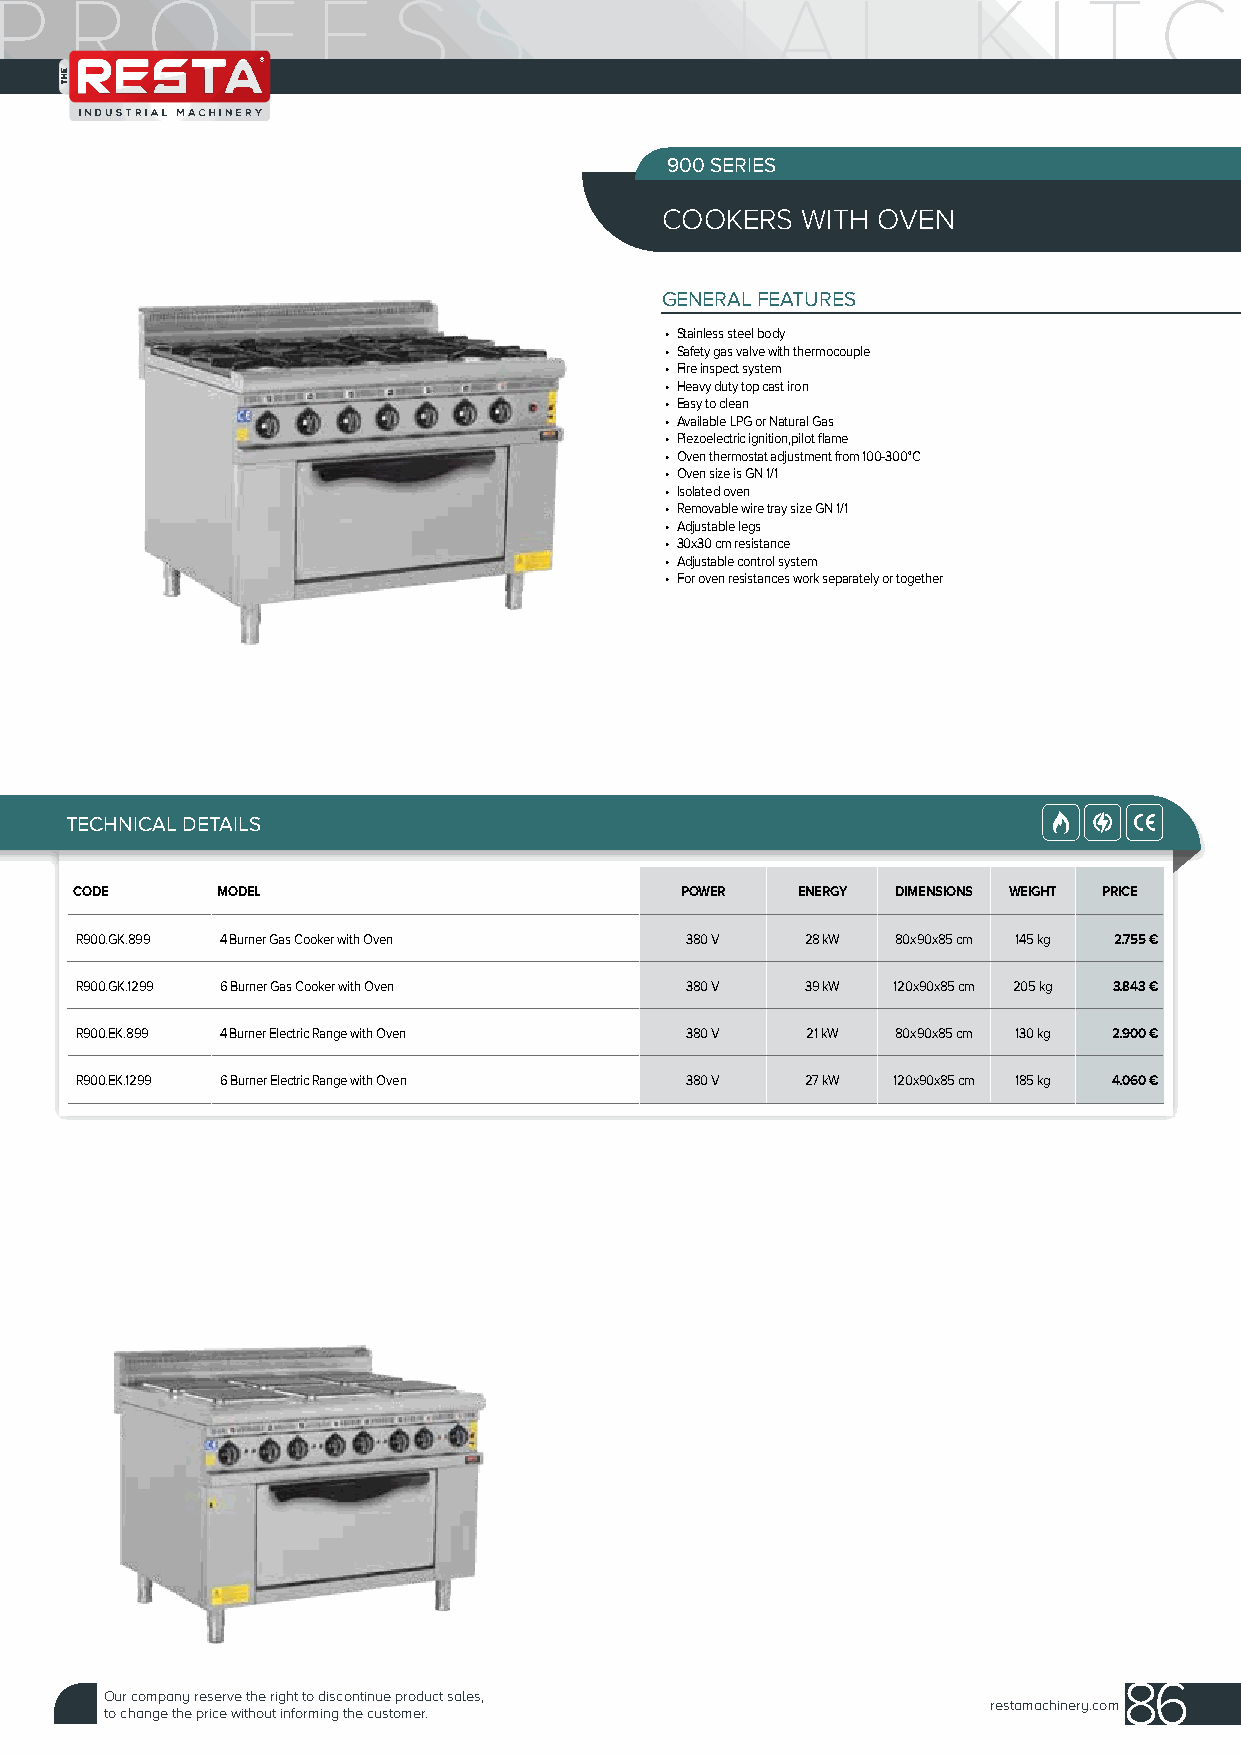
900 SERIES
 COOKERS  WITH OVEN
 GENERAL FEATURES
 • Stainless steel body
 • Safety gas valve with thermocouple
 • Fire inspect system
 • Heavy duty top cast iron
 • Easy to clean
 • Available LPG or Natural Gas
 • Piezoelectric ignition,pilot flame
 • Oven thermostat adjustment from 100-300°C
 • Oven size is GN 1/1
 • Isolated oven
 • Removable wire tray size GN 1/1
 • Adjustable legs
 • 30x30 cm resistance
 • Adjustable control system
 • For oven resistances work separately or together
 TECHNICAL DETAILS
 CODE     MODEL                          POWER   ENERGY DIMENSIONS WEIGHT PRICE
 R900.GK.899 4 Burner Gas Cooker with Oven 380 V 28 kW 80x90x85 cm 145 kg 2.755 €
 R900.GK.1299 6 Burner Gas Cooker with Oven 380 V 39 kW 120x90x85 cm 205 kg 3.843 €
 R900.EK.899 4 Burner Electric Range with Oven 380 V 21 kW 80x90x85 cm 130 kg 2.900 €
 R900.EK.1299 6 Burner Electric Range with Oven 380 V 27 kW 120x90x85 cm 185 kg 4.060 €
 86
 Our company reserve the right to discontinue product sales,
 restamachinery.com
 to change the price without informing the customer.